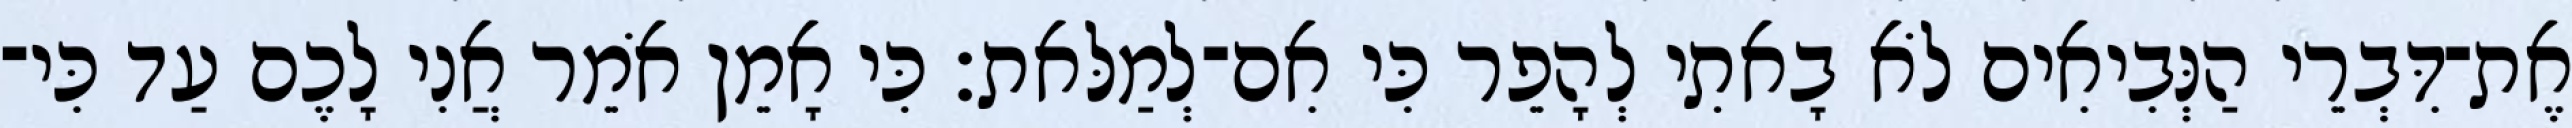
אֶת־דִּבְרֵי הַנְּבִיאִים לֹא בָאתִי לְהָפֵר כִּי אִם־לְמַלּאת׃ כִּי אָמֵן אֹמֵר אֲנִי לָכֶם עַד כִּי־